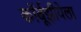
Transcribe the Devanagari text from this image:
कॉर्बूझीयेला